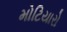
મોટિયારો